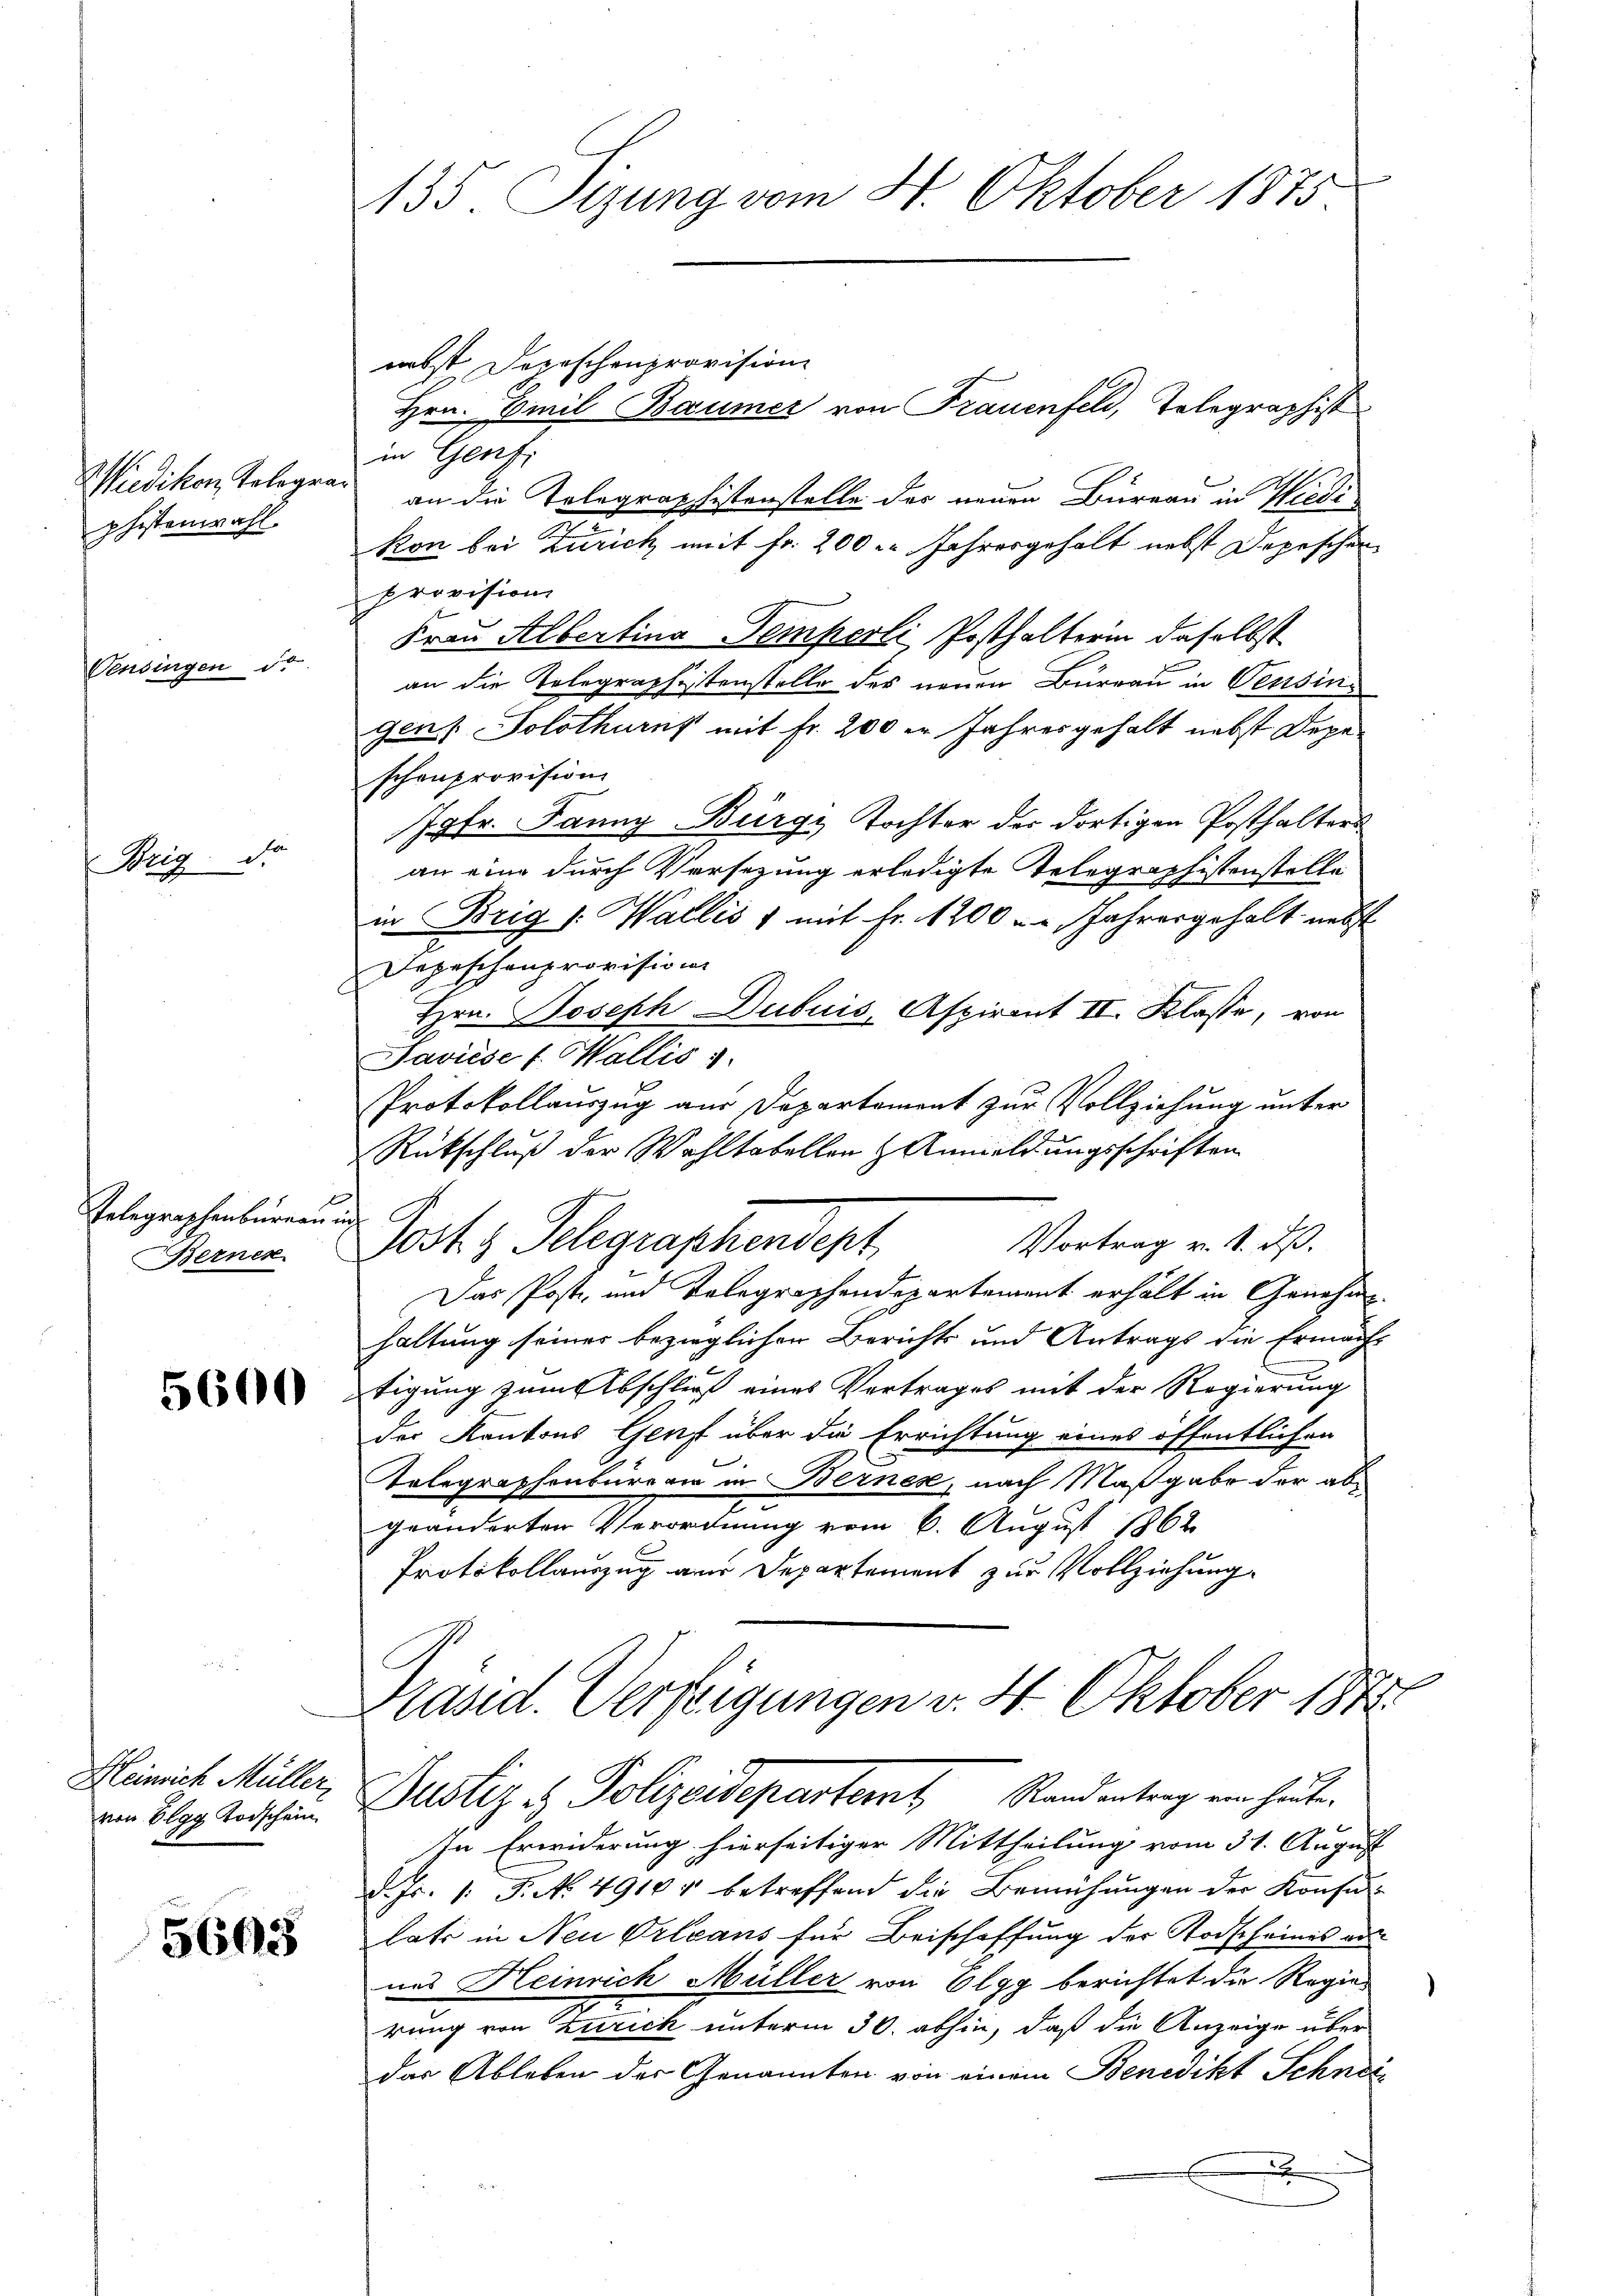
Wiedikon, Tolegra
phistenwahl.

Vensingen d.

Brig. Dr

Telegraphenbureau
Bernen

5600

Heinrich Müller,

5605

135. Sizung vom 4. Oktober 1875

nebst Depeschenprovision
Hrn. Emil Baumer von Frauenfeld, Telegraphist
in Genfi
an die Telegraphistenstelle der neuen Bureau in Wiedi
kon bei Zürich mit Fr. 200 Jahresgehalt nebst Depeschen
provision
Frau Albertina Temperli Posthalterin daselbst
an die Telegraphistenstelle des neuen Bureau in Pensingen: Solothurn mit Fr. 200 er Jahresgehalt nebst Depeschon provision
Jgfr. Janny Bürge Tochter des dortigen Posthalters
an eine durch Versetzung erledigte Telegraphistenstelle
in Brig /: Wallis 1 mit Fr. 1200 - Jahresgehalt nebst
Depeschenprovision
Hrn. Joseph Dubuis, Aspirant II. Klasse, von
Saviése f. Wallis 1.
Protokollauszug aus Departement zur Vollziehung unter
Rückschluß der Wahltabellen z. Anmeldungsschriften
Vortrag v. 1. ds.
Post z. Telegraphendept.
Das Post und Telegraphendepartement erhält in Genehm
haltung seiner bezieglichen Berichts und Antrags die Ermächt
tigung zum Abschließ eines Vertrages mit der Regierung
der Kantons Genf über die Errichtung eines öffentlichen
Relegraphenbürerin in Berner, nach Maßgabe der abgeänderten Verordnung vom 6. August 1862.
Protokollauszug aus Departement zur Vollziehung
Präsid. Verfeigungen v. 4. Oktober 1872
von Elgg Teichen Zustiz & Polizeidepartemt Randantrag ein heute.
In Erwiderung hierseitiger Mittheilung vom 31. August
d. Js. 1. J. No 4910 betreffend die Bemühungen der Konsul-
lats in Neu Orleans für Beischaffung der Todscheinis ad
ues Heinrich Müller von Elgg berichtet die Regier
rung von Zürich unterm 30. abhin, daß die Anzeige über
das Ableben der Genannten von einem Benedikt Schneix
meinen